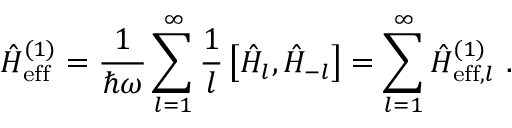
\hat { H } _ { \mathrm { e f f } } ^ { ( 1 ) } = \frac { 1 } { \hbar \omega } \sum _ { l = 1 } ^ { \infty } \frac { 1 } { l } \left[ \hat { H } _ { l } , \hat { H } _ { - l } \right] = \sum _ { l = 1 } ^ { \infty } \hat { H } _ { \mathrm { e f f } , l } ^ { ( 1 ) } ~ .